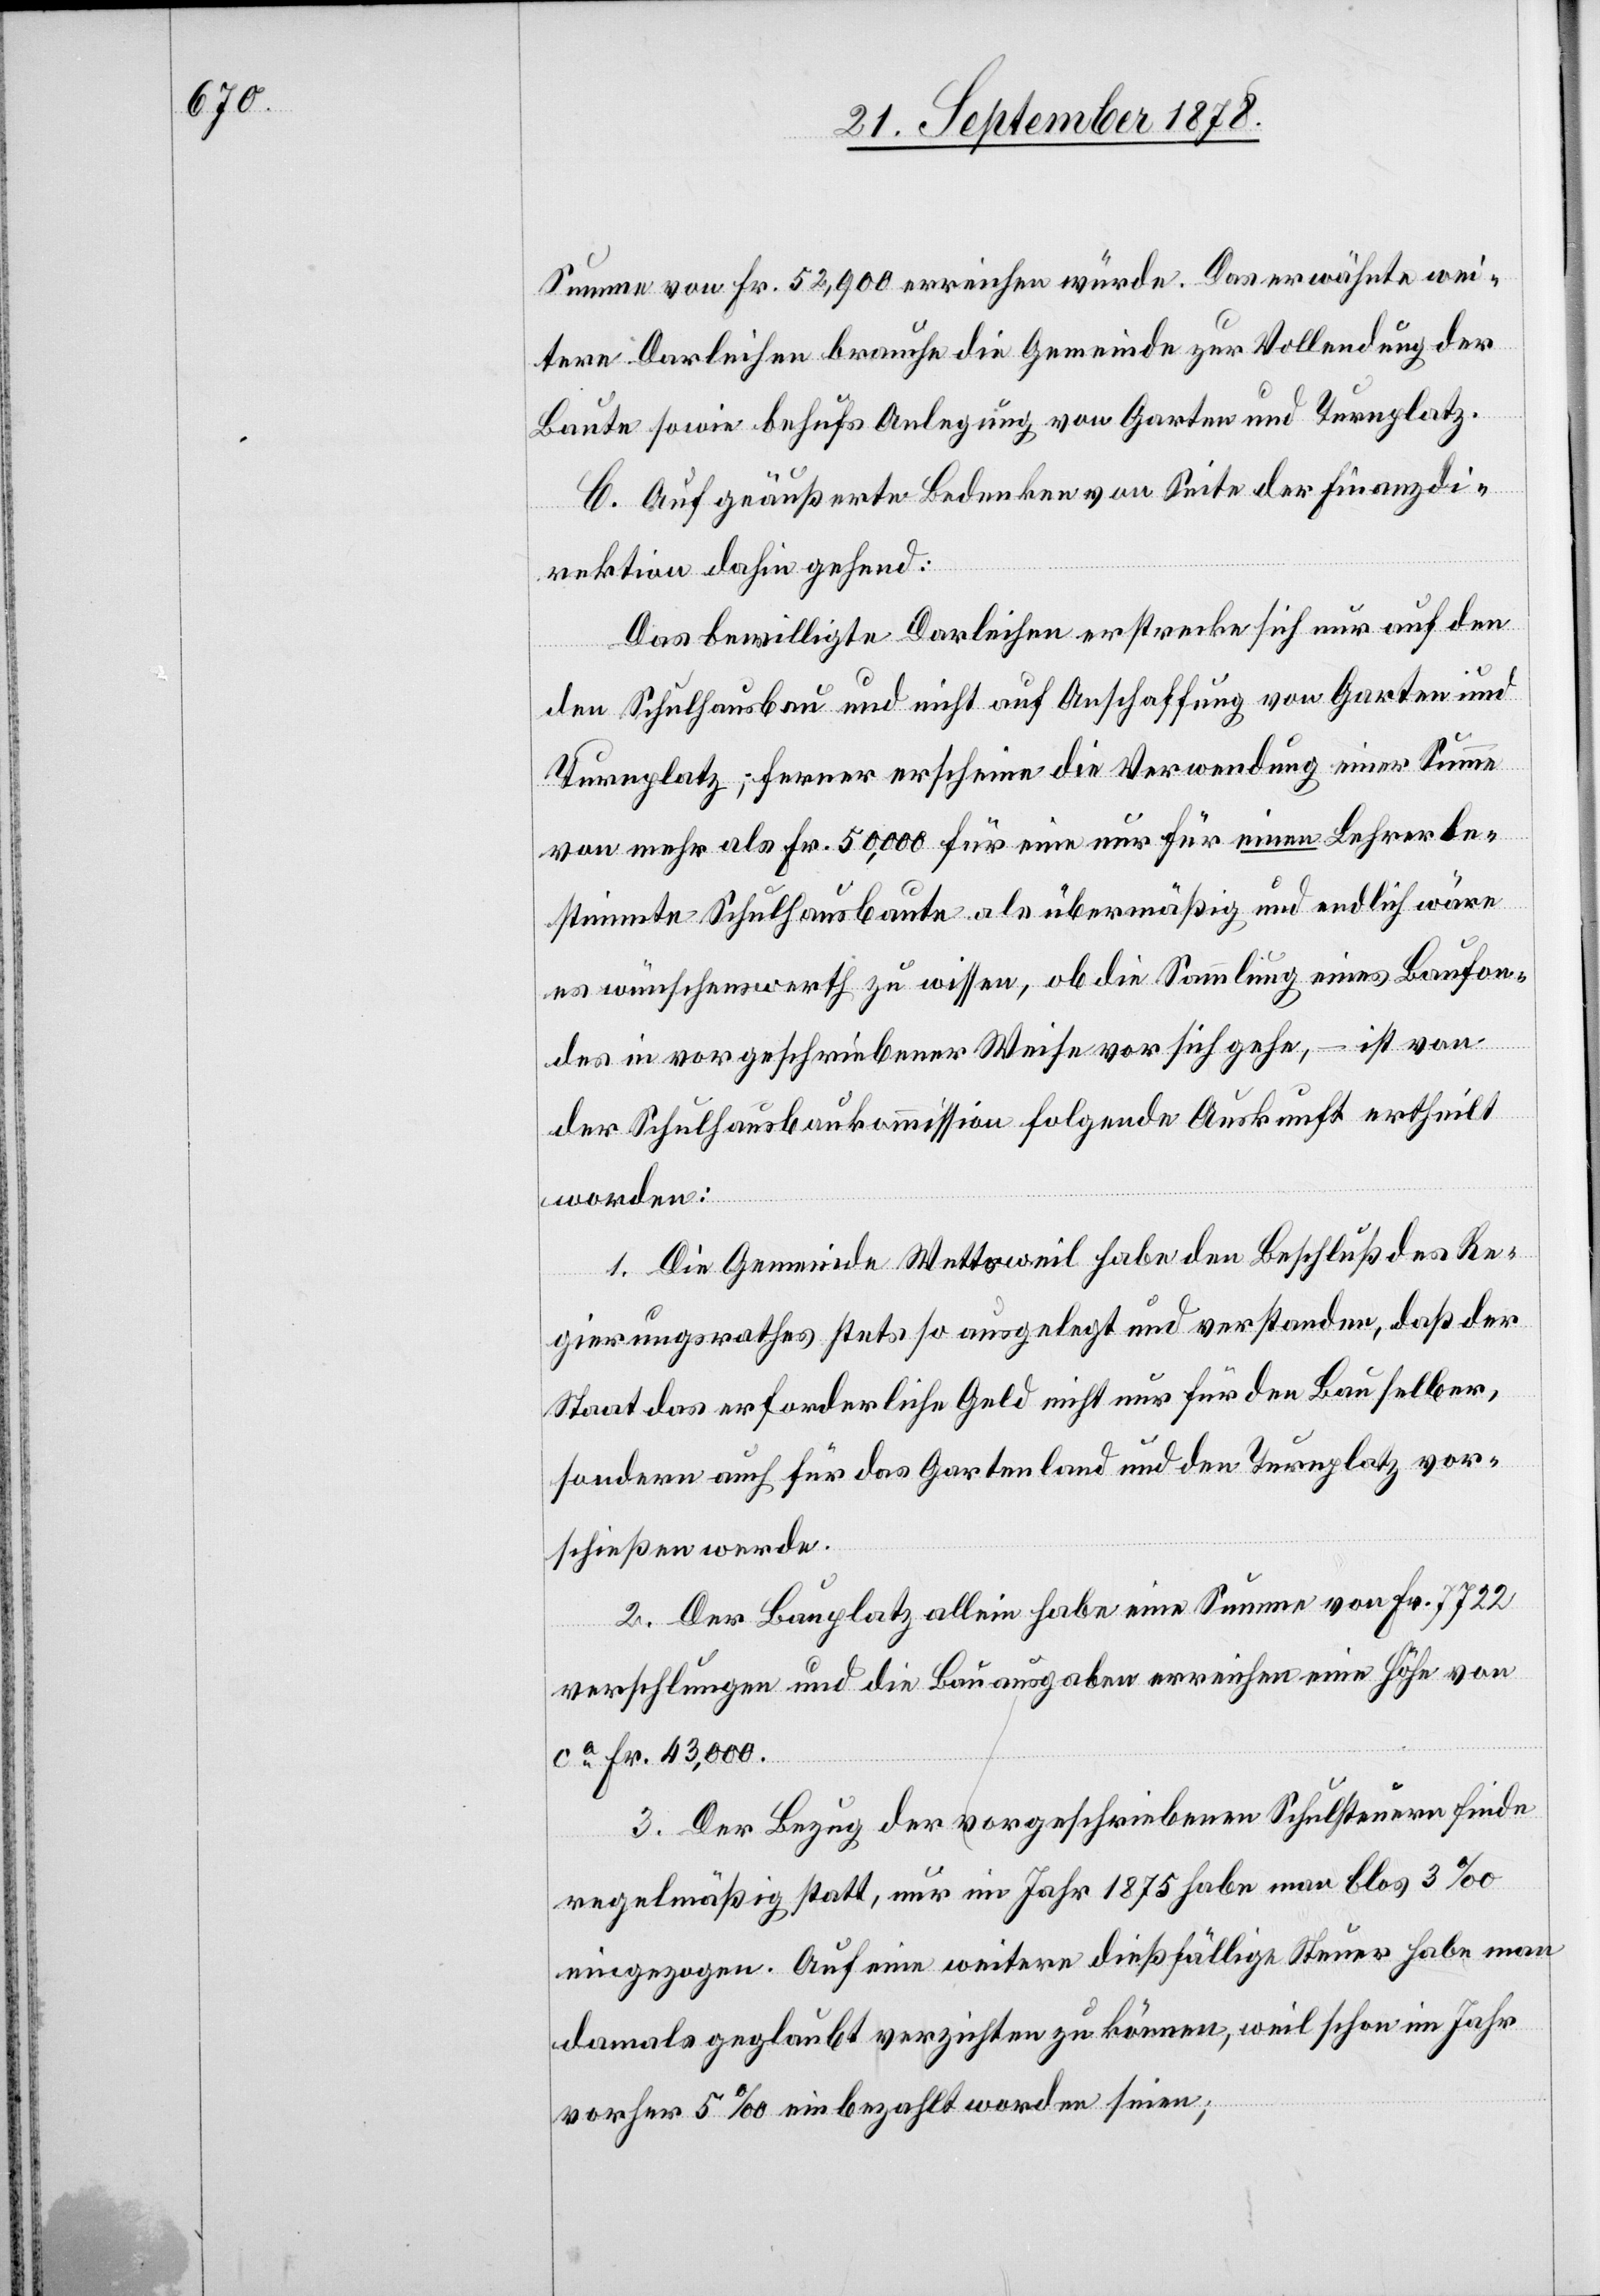
Summe von Fr. 52,900 erreichen würde. Das erwähnte wei¬
tere Darleihen brauche die Gemeinde zur Vollendung der
Baute sowie behufs Anlegung von Garten und Turnplatz.
C. Auf geäußerte Bedenken von Seite der Finanzdi¬
rektion dahin gehend:
Das bewilligte Darleihen erstrecke sich nur auf den
Schulhausbau und nicht auf Anschaffung von Garten und
Turnplatz, ferner erscheine die Verwendung einer Summe
von mehr als Fr. 50,000 für eine nur für einen Lehrer be¬
stimmte Schulhausbaute als übermäßig und endlich wäre
es wünschenswerth zu wissen, ob die Sammlung eines Baufon¬
des in vorgeschriebener Weise vor sich gehe, – ist von
der Schulhausbaukommission folgende Auskunft ertheilt
worden:
1. Die Gemeinde Wettsweil habe den Beschluß des Re¬
gierungsrathes stets so ausgelegt und verstanden, daß der
Staat das erforderliche Geld nicht nur für den Bau selber,
sondern auch für das Gartenland und den Turnplatz vor¬
schießen werde.
2. Der Bauplatz allein habe eine Summe von Fr. 7722
verschlungen und die Bauausgaben erreichen eine Höhe von
ca Fr. 43,000.
3. Der Bezug der vorgeschriebenen Schulsteuern finde
regelmäßig statt, nur im Jahr 1875 habe man blos 3‰
eingezogen. Auf eine weitere dießfällige Steuer habe man
damals geglaubt verzichten zu können, weil schon im Jahr
vorher 5‰ einbezahlt worden seien;